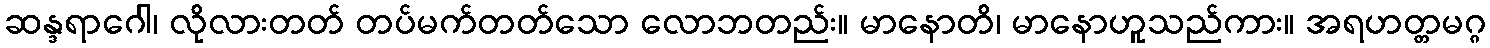
ဆန္ဒရာဂေါ၊ လိုလားတတ် တပ်မက်တတ်သော လောဘတည်း။ မာနောတိ၊ မာနောဟူသည်ကား။ အရဟတ္တမဂ္ဂ